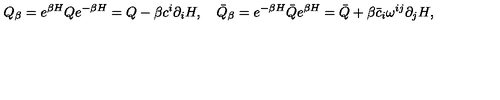
Q _ { \beta } = e ^ { \beta H } Q e ^ { - \beta H } = Q - \beta c ^ { i } \partial _ { i } H , \quad \bar { Q } _ { \beta } = e ^ { - \beta H } \bar { Q } e ^ { \beta H } = \bar { Q } + \beta \bar { c } _ { i } \omega ^ { i j } \partial _ { j } H ,